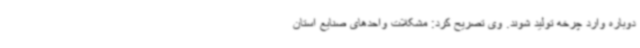
دوباره وارد چرخه تولید شوند. وی تصریح کرد: مشکلات واحدهای صنایع استان